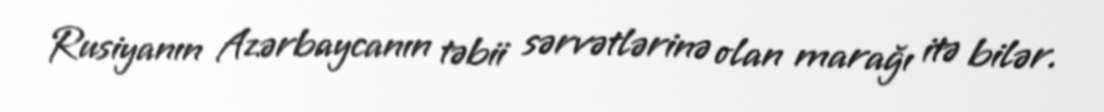
Rusiyanın Azərbaycanın təbii sərvətlərinə olan marağı itə bilər.